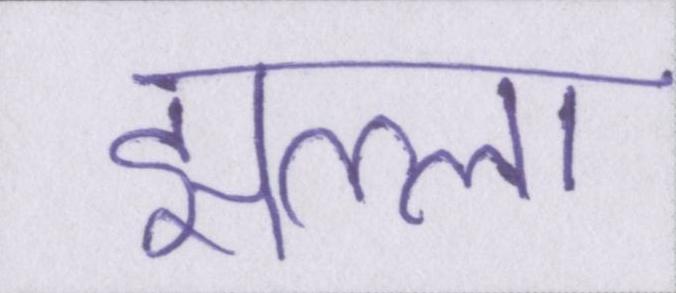
झल्ला